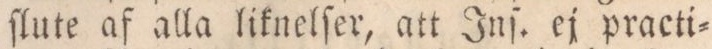
ſlute af alla liknelſer, att Inſ. ej practi=